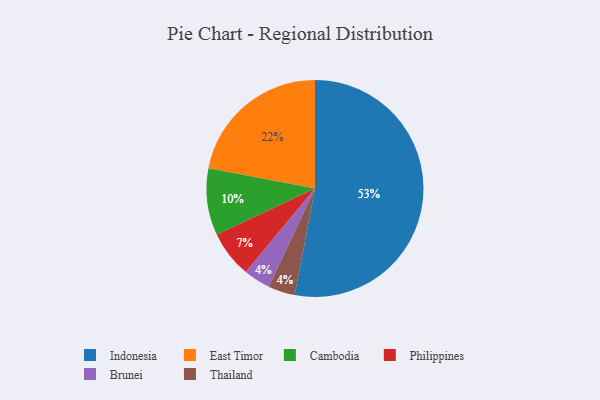
{"axis": {"x": "Category", "y": "Percentage"}, "legend": ["Brunei", "Cambodia", "East Timor", "Indonesia", "Philippines", "Thailand"], "data": [{"x": "Philippines", "y": 7, "type": "Philippines"}, {"x": "East Timor", "y": 22, "type": "East Timor"}, {"x": "Cambodia", "y": 10, "type": "Cambodia"}, {"x": "Brunei", "y": 4, "type": "Brunei"}, {"x": "Indonesia", "y": 53, "type": "Indonesia"}, {"x": "Thailand", "y": 4, "type": "Thailand"}]}